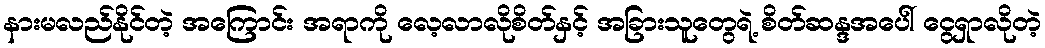
နားမလည်နိုင်တဲ့ အကြောင်း အရာကို လေ့လာလိုစိတ်နှင့် အခြားသူတွေရဲ့ စိတ်ဆန္ဒအပေါ် ငွေရှာလိုတဲ့